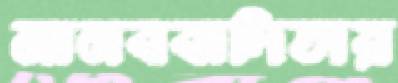
মানববাদিতায়